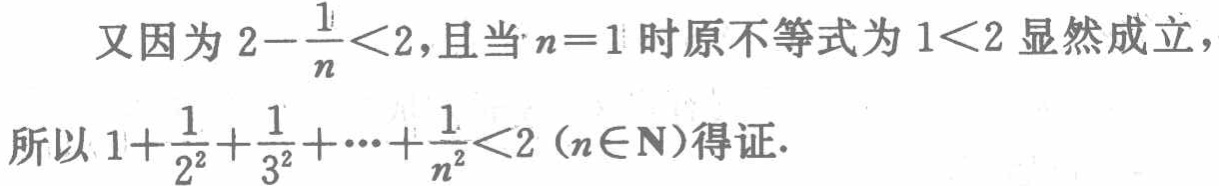
又因为 \(2 - \frac{1}{n} < 2\)，且当 \(n = 1\) 时原不等式为 \(1 < 2\) 显然成立，
所以 \(1+\frac{1}{2^{2}}+\frac{1}{3^{2}}+\cdots+\frac{1}{n^{2}}<2\ (n\in\mathbb{N})\)得证.